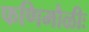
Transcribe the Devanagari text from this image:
फणिमौळीः